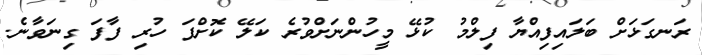
ރަނގަޅަށް ބަލައިފިއްޔާ ފިލްމު ކުޅޭ މީހުންނަށްވުރެ ކަލޭ ކޮށްފަ ހުރި ފާފަ ގިނަވާނެ.